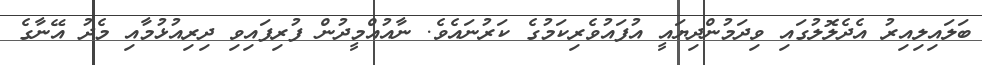
ބަލައިލިއިރު އެދެލޮލުގައި ވިދަމުންދިޔައީ އުފައުވެރިކަމުގެ ކަރުނައެވެ. ނާއުއްމީދުން ފުރިފައިވި ދިރިއުޅުމާއި މެދު އޭނާގެ